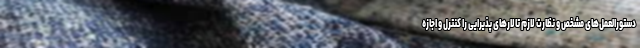
دستورالعمل‌های مشخص و نظارت لازم تالارهای پذیرایی را کنترل و اجازه